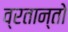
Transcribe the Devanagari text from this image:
व्रतान्तो